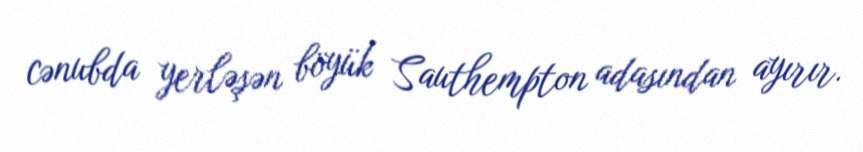
cənubda yerləşən böyük Sauthempton adasından ayırır.